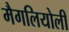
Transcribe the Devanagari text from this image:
मैगलियोली